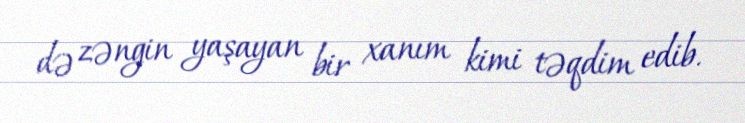
də zəngin yaşayan bir xanım kimi təqdim edib.